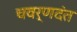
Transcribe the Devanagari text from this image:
चवर्णदंत